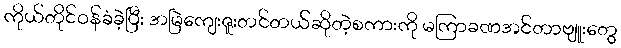
ကိုယ်တိုင်ဝန်ခံခဲ့ပြီး အမြဲကျေးဇူးတင်တယ်ဆိုတဲ့စကားကို မကြာခဏအင်တာဗျူးတွေ